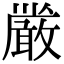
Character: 𭤏